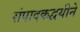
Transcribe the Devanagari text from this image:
संपादकद्वयीने